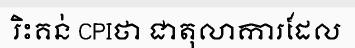
រិះគន់ CPIថា ជាតុលាការដែល